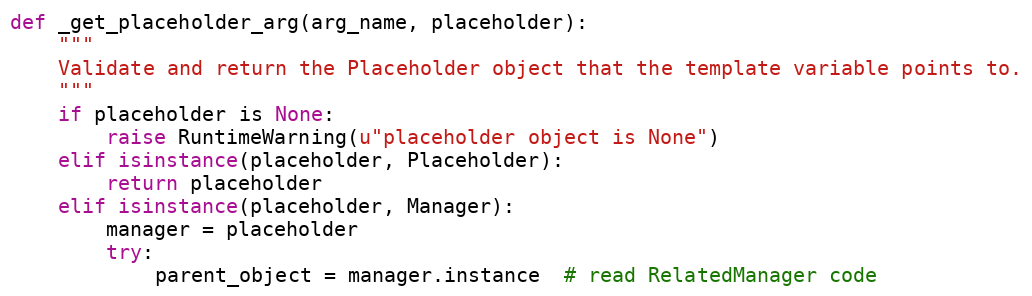
Language: Python
def _get_placeholder_arg(arg_name, placeholder):
    """
    Validate and return the Placeholder object that the template variable points to.
    """
    if placeholder is None:
        raise RuntimeWarning(u"placeholder object is None")
    elif isinstance(placeholder, Placeholder):
        return placeholder
    elif isinstance(placeholder, Manager):
        manager = placeholder
        try:
            parent_object = manager.instance  # read RelatedManager code